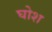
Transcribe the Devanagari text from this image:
घोश